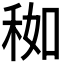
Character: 𥞚